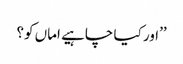
’’اور کیا چاہیے اماں کو؟